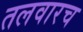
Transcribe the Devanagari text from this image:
तलवारच